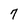
Character: 7